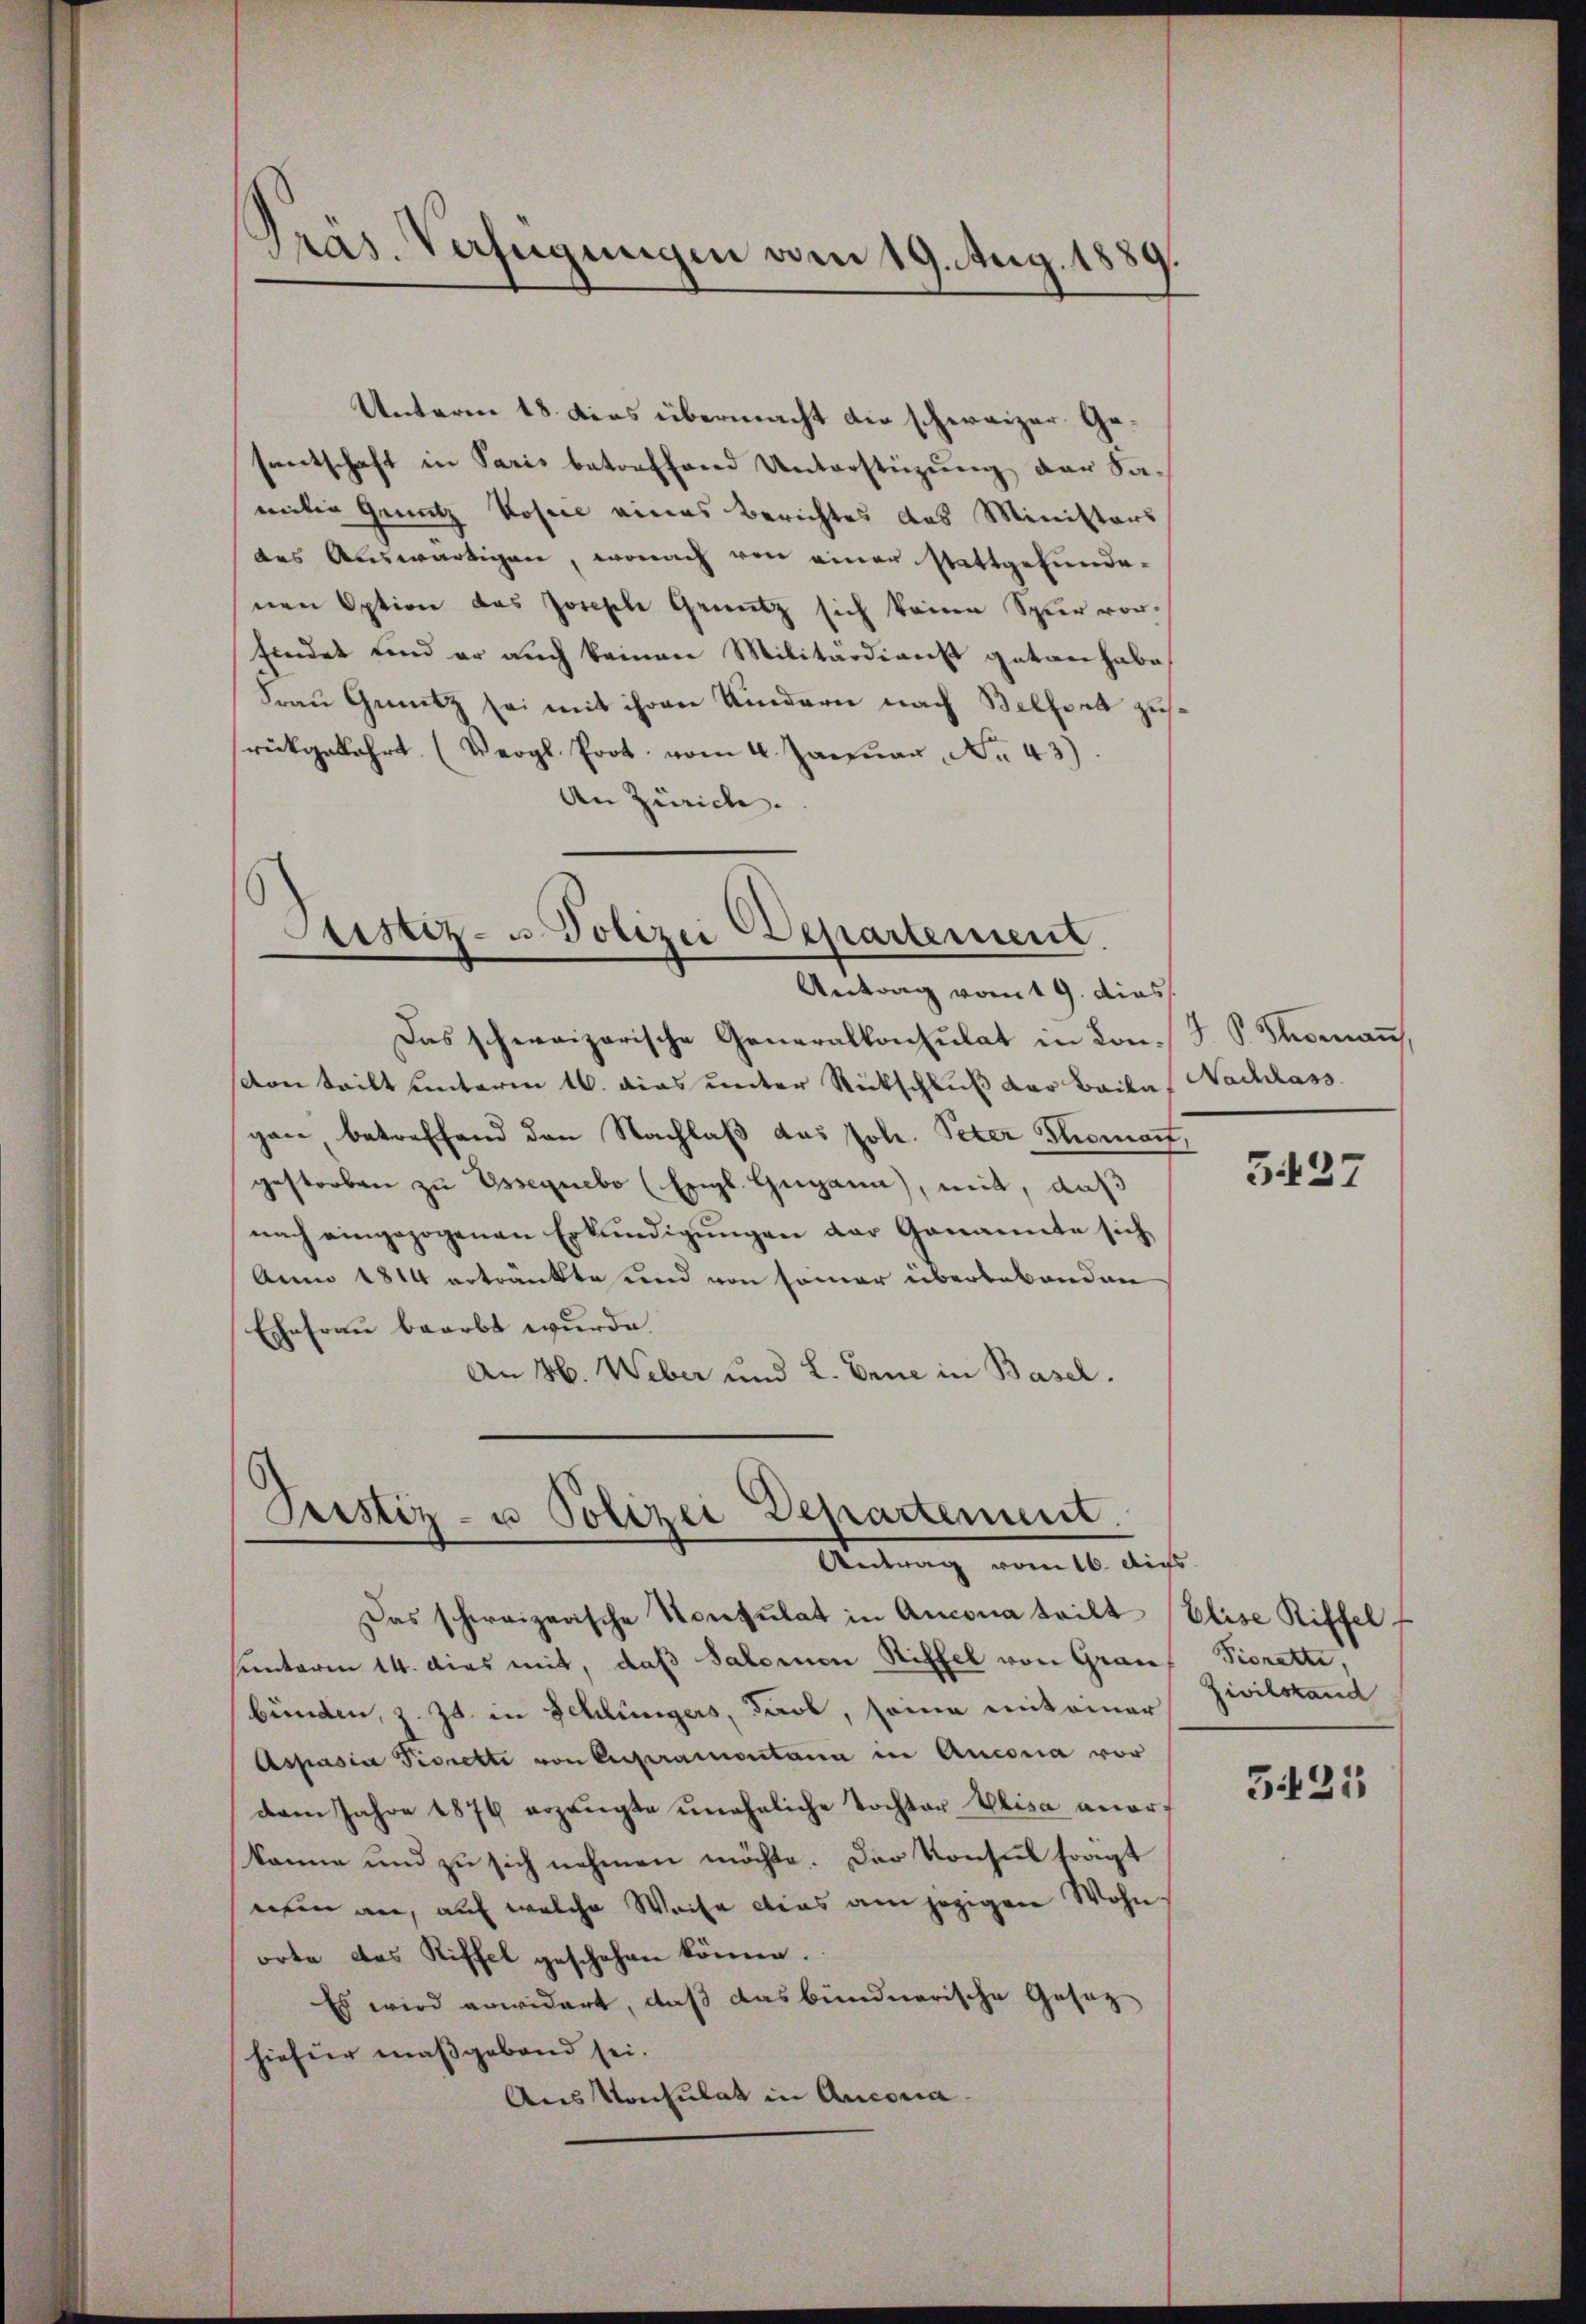
Unterm 18. Das übermacht die schweizer. Gesantschaft in Paris betreffend Unterstüzung der Sa-
mitin Genütz Kostie eines Berichtes das Ministers
des Auswärtigen, wonach von einer stattgefundenen Option des Joseph Greutz sich keine Spur vor-
findet und er auch keinen Militärdienst getan habe
Frau Gemütz sei mit ihren Kindern nach Belfort zusrückgekehrt. (Vergl. Prot. vom 4. Janŭar No. 43).
An Zürich. |

Präs. Verfügungen am 19. Aug. 18.
.

Das schweizerische Generalkonsulat in Conson teilt unterm 16. dies unter Rückschluß der Baiba,
gen betreffend den Nachlaß das Joh. Peter Thomart,
gestorben zu Essegnebo (Erigl. Gegann), mit, daß
nach eingezogenen Erkundigungen der Genannte sich
Anno 1814 ertränkte und von seiner überlebenden
Ehefrau bearbt wurde.
An H. Weber und L. Erne in Basel.

Sistiz- u. Polizei Departement.
Antrag vom 19. dies

Pustiz- u Polizei Departement.
Antrag vom 16. Aus

Das schweizerische Konsulat in Ancona teilt Elise Riffel f
sunterm 14. dies mit, daß Salomon Riffel von Grau Pioratte,
bünden, z. Zt. in Schlüngers, Jacob, seine mit einer Zivilstand
Aspasia Piorette von Capramontana in Aucona vor
dem Jahre 1876 erzeugte ŭneheliche Tochter Elisa aner-
könne und zu sich nehmen möchte. Das Konsul sorgt
nein an, auf welche Weise dies am jezigen Wohn
orte das Riffel geschehen könne.
Es wird erwidert, daß das bündnerische Gesetz
hiefür maßgebend sei.
Auskonsulat in Anconia

J S. Thoman
Nachlass

5427

3425